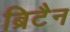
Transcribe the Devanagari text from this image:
ब्रिटैन